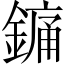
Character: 𨪞